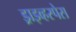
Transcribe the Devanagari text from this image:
ड्राइव्हस्पेस